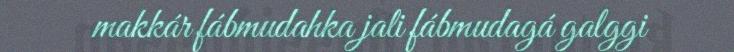
makkár fábmudahka jali fábmudagá galggi